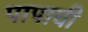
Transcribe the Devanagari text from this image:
पापाची